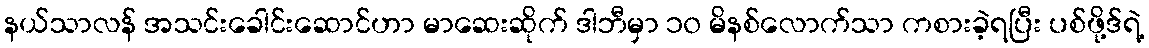
နယ်သာလန် အသင်းခေါင်းဆောင်ဟာ မာဆေးဆိုက် ဒါဘီမှာ ၁၀ မိနစ်လောက်သာ ကစားခဲ့ရပြီး ပစ်ဖို့ဒ်ရဲ့